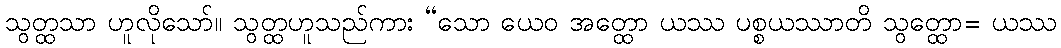
သွတ္ထသာ ဟူလိုသော်။ သွတ္ထဟူသည်ကား “သော ယေဝ အတ္ထော ယဿ ပစ္စယဿာတိ သွတ္ထော= ယဿ